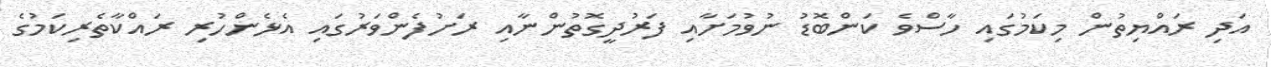
އަދި ރައްޔިތުން މިކަމުގައި ހާސްވެ ކަންބޮޑު ނުވުމަށާއި ފަރުދީގޮތުންނާއި ރަށުފެންވަރުގައި އެޅެންހުރި ރައްކާތެރިކަމުގެ